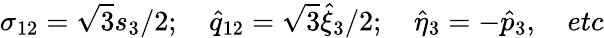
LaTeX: \sigma_{12}={\sqrt 3}{s_{3}}/2;\quad{\hat{q}}_{12}={\sqrt 3}{{\hat{\xi}}_{3}}/2;\quad{\hat{\eta}}_{3}=-{\hat{p}}_{3},\quad etc